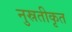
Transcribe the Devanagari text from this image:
नुस्रतीकृत